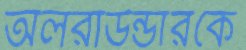
অলরাউন্ডারকে